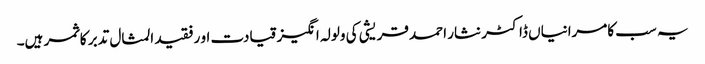
یہ سب کامرانیاں ڈاکٹر نثار احمد قریشی کی ولولہ انگیز قیادت او رفقید المثال تدبر کا ثمر ہیں۔